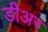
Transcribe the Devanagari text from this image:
डीअर